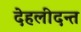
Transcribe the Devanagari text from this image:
देहलीदन्त